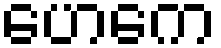
ဟေကေ